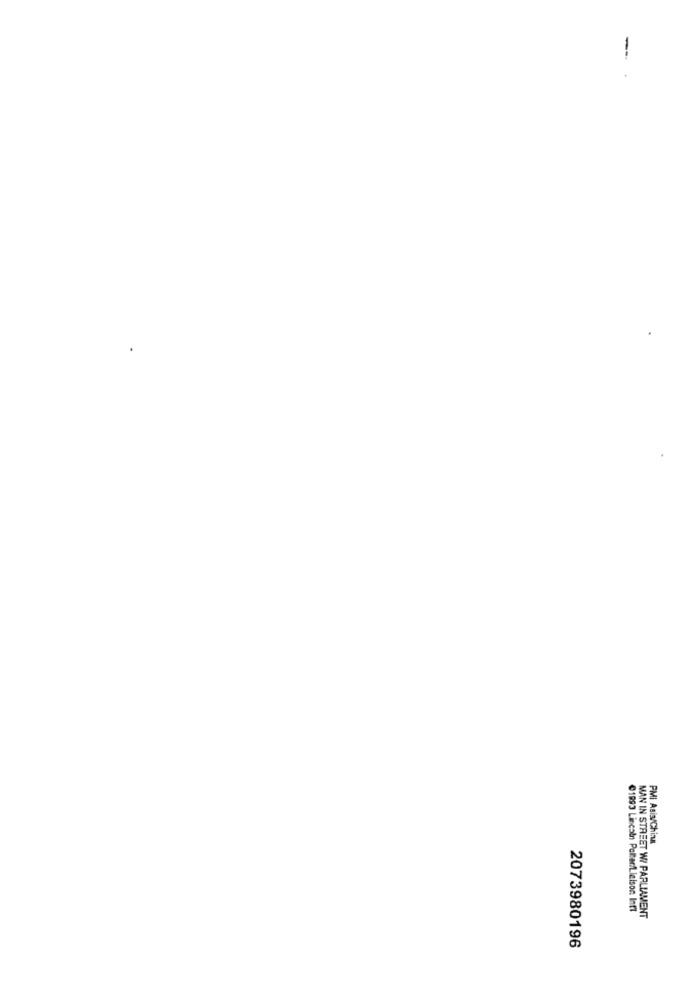
--
PMI Asis/China
€1893 Lincoln Polter/Lieison Inti
MAN IN STREET W PARLIAMENT
2073980196